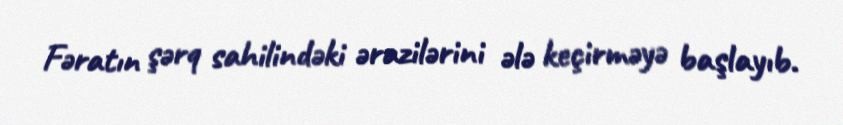
Fəratın şərq sahilindəki ərazilərini ələ keçirməyə başlayıb.